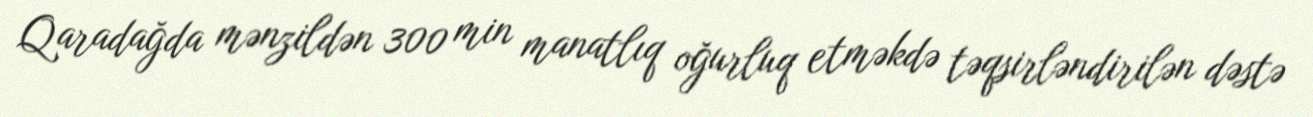
Qaradağda mənzildən 300 min manatlıq oğurluq etməkdə təqsirləndirilən dəstə